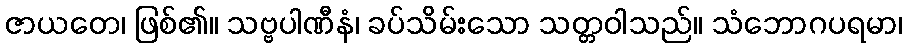
ဇာယတေ၊ ဖြစ်၏။ သဗ္ဗပါဏီနံ၊ ခပ်သိမ်းသော သတ္တဝါသည်။ သံဘောဂပရမာ၊